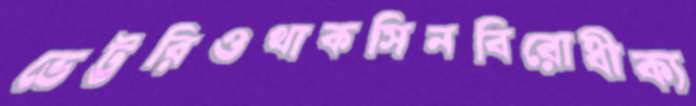
ভেট্টরিওথাকসিনবিরোধীক্য